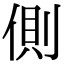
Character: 側